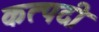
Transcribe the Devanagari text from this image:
कत्पदी